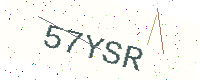
Text: 57YSR